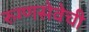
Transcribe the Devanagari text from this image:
रुग्णसेवेची